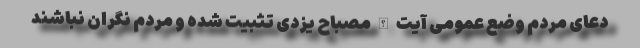
دعای مردم وضع عمومی آیت الله مصباح یزدی تثبیت شده ‌و مردم نگران نباشند